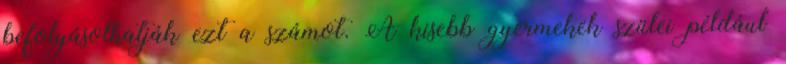
befolyásolhatják ezt a számot. A kisebb gyermekek szülei például